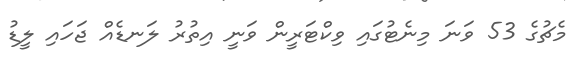
މެޗުގެ 53 ވަނަ މިނެޓުގައި ވިކްޓަރީން ވަނީ އިތުރު ލަނޑެއް ޖަހައި ލީޑު